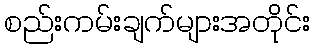
စည်းကမ်းချက်များအတိုင်း